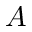
A